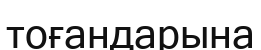
тоғандарына